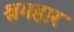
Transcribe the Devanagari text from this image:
श्रमहार